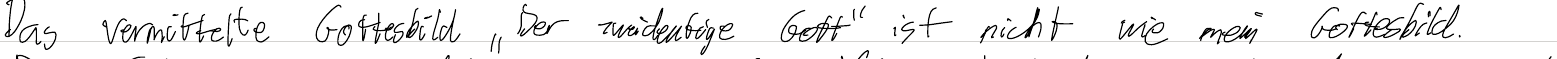
Das vermittelte Gottesbild "Der zweideutige Gott" ist nicht wie mein Gottesbild.